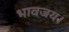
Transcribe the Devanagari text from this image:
भावजय।